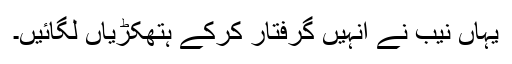
یہاں نیب نے انہیں گرفتار کرکے ہتھکڑیاں لگائیں۔